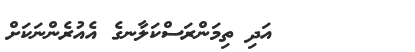
٧٦       އަދި ތިމަންރަސްކަލާނގެ އެއުރެންނަކަށް